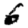
Digit: 6